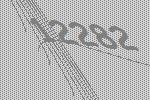
12282